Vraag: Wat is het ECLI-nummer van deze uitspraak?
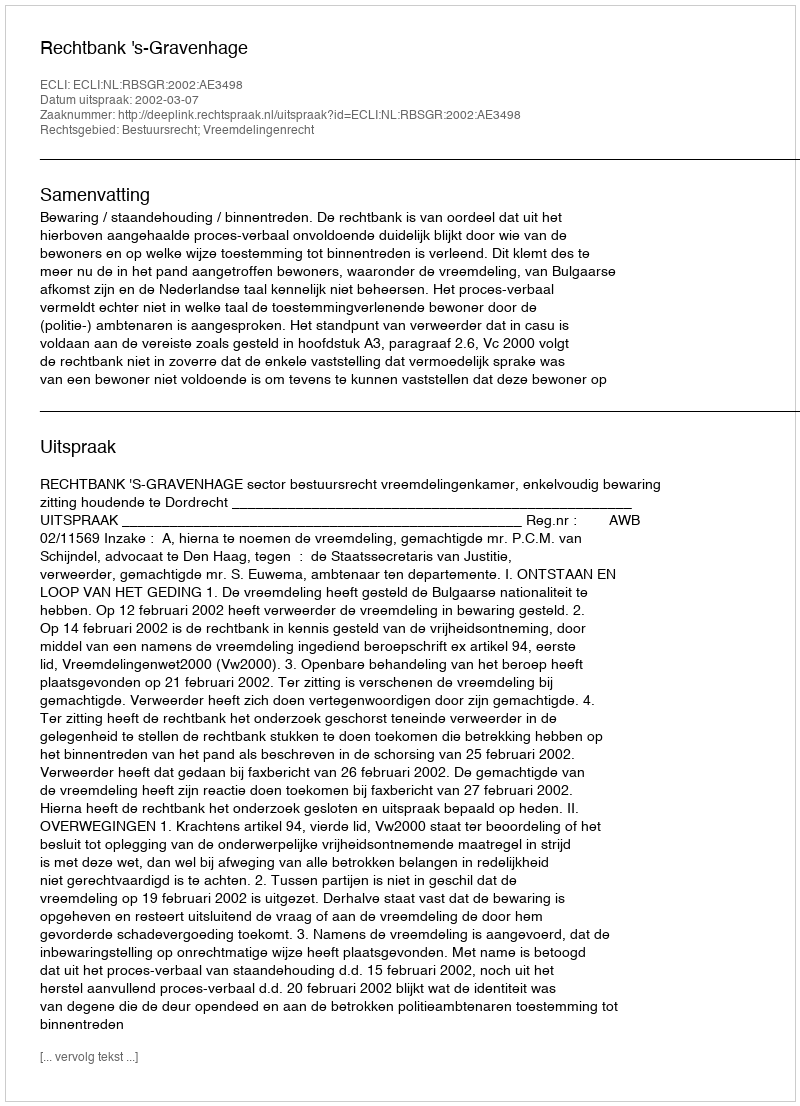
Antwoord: ECLI:NL:RBSGR:2002:AE3498